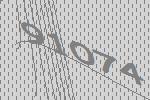
91074